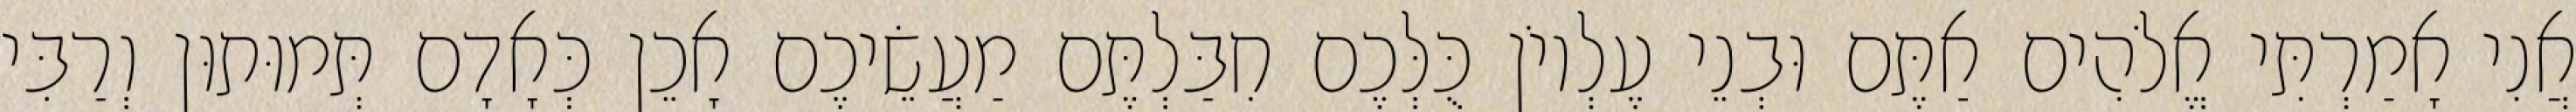
אֲנִי אָמַרְתִּי אֱלֹהִים אַתֶּם וּבְנֵי עֶלְיוֹן כֻּלְּכֶם חִבַּלְתֶּם מַעֲשֵׂיכֶם אָכֵן כְּאָדָם תְּמוּתוּן וְרַבִּי